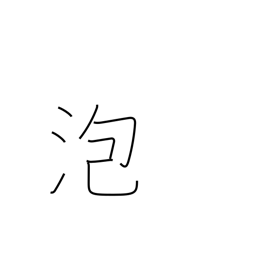
Meaning: foam